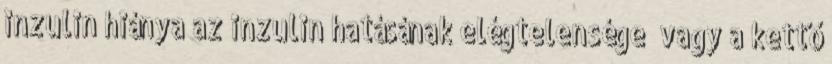
inzulin hiánya az inzulin hatásának elégtelensége vagy a kettő